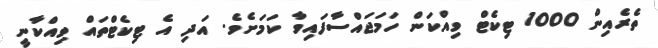
ތެރެއިން 1000 ޓިކެޓް ވިއްކަން ހަމަޖައްސާފައިވާ ކަމަށެވެ. އަދި އެ ޓިކެޓްތައް ވިއްކާނީ